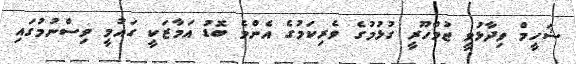
ޝަހީމް ވިދާޅުވީ ޖުމްހޫރީ ގުޅުމުގެ ވެރިކަމުގެ އެންމެ ބޮޑު އަމާޒަކީ ގައުމީ ވިސްނުމުގައި